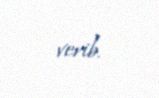
verib.